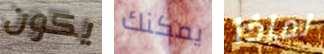
يكون يمكنك لماذا